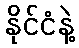
နိုင်ငံနဲ့